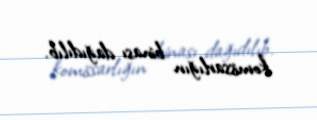
komissarlığın binası dağıdılıb.